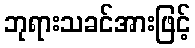
ဘုရားသခင်အားဖြင့်